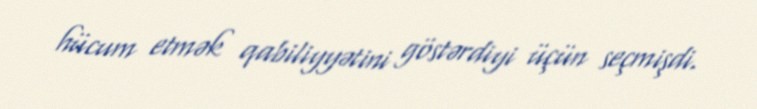
hücum etmək qabiliyyətini göstərdiyi üçün seçmişdi.